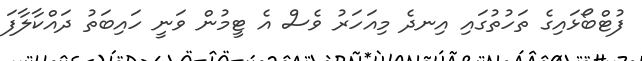
ފުޓްބޯޅައިގެ ތަހުތުގައި އިނދެ މިއަހަރު ވެސް އެ ޓީމުން ވަނީ ހައިބަތު ދައްކާލާފަ